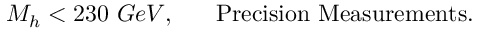
M _ { h } < 2 3 0 ~ G e V , ~ ~ ~ ~ ~ { \mathrm { P r e c i s i o n ~ M e a s u r e m e n t s } } .